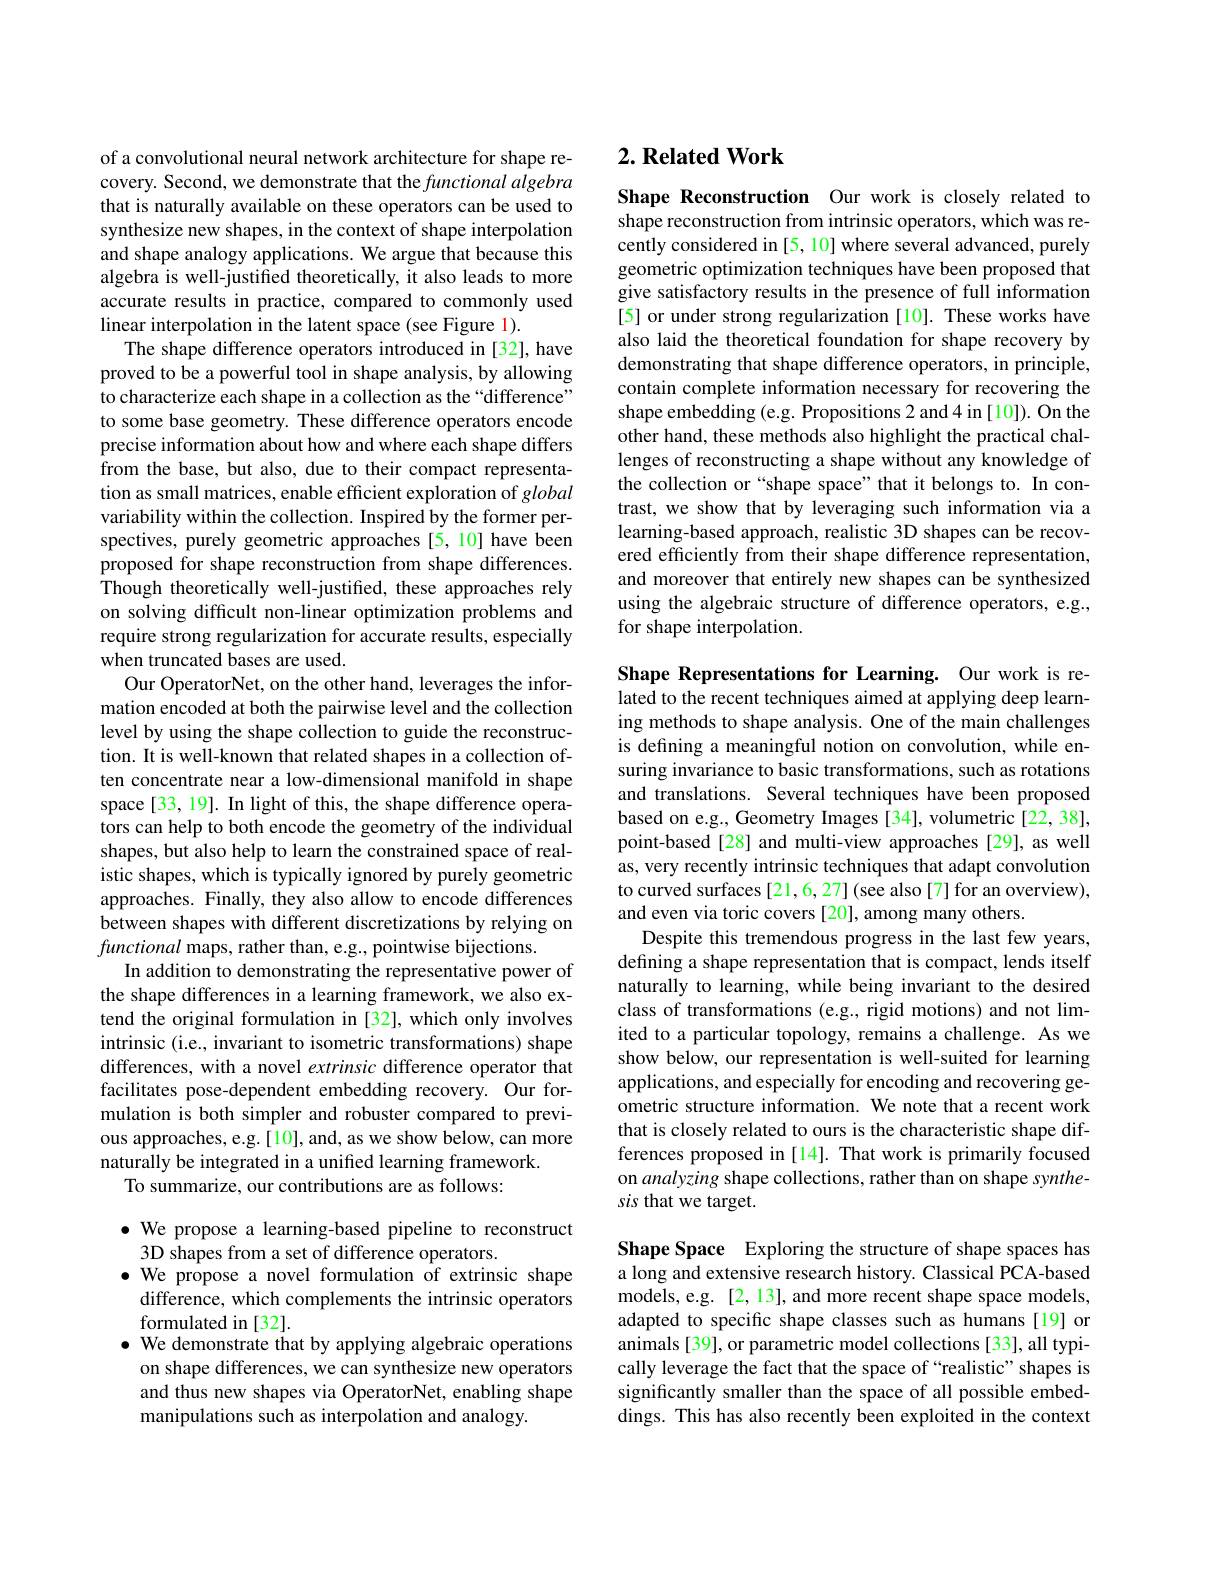
of a convolutional neural network architecture for shape recovery. Second, we demonstrate that the functional algebra that is naturally available on these operators can be used to synthesize new shapes, in the context of shape interpolation and shape analogy applications. We argue that because this algebra is well-justified theoretically, it also leads to more accurate results in practice, compared to commonly used linear interpolation in the latent space (see Figure 1).
The shape difference operators introduced in [32], have proved to be a powerful tool in shape analysis, by allowing to characterize each shape in a collection as the “difference” to some base geometry. These difference operators encode precise information about how and where each shape differs from the base, but also, due to their compact representation as small matrices, enable efficient exploration of global variability within the collection. Inspired by the former perspectives, purely geometric approaches [5,10] have been proposed for shape reconstruction from shape differences. Though theoretically well-justified, these approaches rely on solving difficult non-linear optimization problems and require strong regularization for accurate results, especially when truncated bases are used.
Our OperatorNet, on the other hand, leverages the information encoded at both the pairwise level and the collection level by using the shape collection to guide the reconstruction. It is well-known that related shapes in a collection often concentrate near a low-dimensional manifold in shape space[33, 19]. In light of this, the shape difference operators can help to both encode the geometry of the individual shapes, but also help to learn the constrained space of realistic shapes, which is typically ignored by purely geometric approaches. Finally, they also allow to encode differences between shapes with different discretizations by relying on functional maps, rather than, e.g., pointwise bijections.
In addition to demonstrating the representative power of the shape differences in a learning framework, we also extend the original formulation in [32], which only involves intrinsic (i.e., invariant to isometric transformations) shape differences, with a novel extrinsic difference operator that facilitates pose-dependent embedding recovery. Our formulation is both simpler and robuster compared to previous approaches, e.g.[10], and, as we show below, can more naturally be integrated in a unified learning framework.
To summarize, our contributions are as follows:

$\bullet$ We propose a learning-based pipeline to reconstruct
3D shapes from a set of difference operators.
$\bullet$ We propose a novel formulation of extrinsic shape
difference, which complements the intrinsic operators
formulated in [32].
$\bullet$ We demonstrate that by applying algebraic operations
on shape differences, we can synthesize new operators and thus new shapes via OperatorNet, enabling shape manipulations such as interpolation and analogy.

# 2. Related Work

Shape Reconstruction Our work is closely related to shape reconstruction from intrinsic operators, which was recently considered in [5, 10] where several advanced, purely geometric optimization techniques have been proposed that give satisfactory results in the presence of full information [5] or under strong regularization [10]. These works have also laid the theoretical foundation for shape recovery by demonstrating that shape difference operators, in principle, contain complete information necessary for recovering the shape embedding (e.g. Propositions 2 and 4 in [10]). On the other hand, these methods also highlight the practical challenges of reconstructing a shape without any knowledge of the collection or “shape space”that it belongs to. In contrast, we show that by leveraging such information via a learning-based approach, realistic 3D shapes can be recovered efficiently from their shape difference representation, and moreover that entirely new shapes can be synthesized using the algebraic structure of difference operators, e.g., for shape interpolation.

Shape Representations for Learning. Our work is related to the recent techniques aimed at applying deep learning methods to shape analysis. One of the main challenges is defining a meaningful notion on convolution, while ensuring invariance to basic transformations, such as rotations and translations. Several techniques have been proposed based on e.g., Geometry Images [34], volumetric [22, 38], point-based[28] and multi-view approaches[29], as well as, very recently intrinsic techniques that adapt convolution to curved surfaces [21,6,27] (see also [7] for an overview), and even via toric covers [20], among many others.
Despite this tremendous progress in the last few years, defining a shape representation that is compact, lends itself naturally to learning, while being invariant to the desired class of transformations (e.g., rigid motions) and not limited to a particular topology, remains a challenge. As we show below, our representation is well-suited for learning applications, and especially for encoding and recovering geometric structure information. We note that a recent work that is closely related to ours is the characteristic shape differences proposed in [14]. That work is primarily focused on analyzing shape collections, rather than on shape synthesis that we target.

Shape Space Exploring the structure of shape spaces has a long and extensive research history. Classical PCA-based models, e.g. [2, 13], and more recent shape space models, adapted to specific shape classes such as humans[19] or animals [39], or parametric model collections [33], all typically leverage the fact that the space of “realistic”shapes is significantly smaller than the space of all possible embeddings. This has also recently been exploited in the context